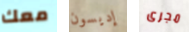
معك إديسون مجرى